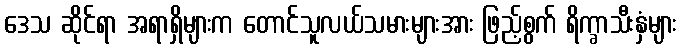
ဒေသ ဆိုင်ရာ အရာရှိများက တောင်သူလယ်သမားများအား ဖြည့်စွက် ရိက္ခာသီးနှံများ